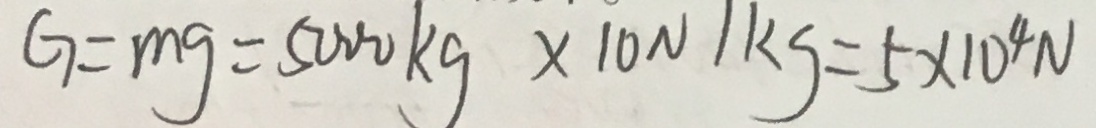
G = m g = 5 0 0 0 k g \times 1 0 N / k g = 5 \times 1 0 ^ { 4 } N